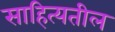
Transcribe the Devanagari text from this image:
साहित्यतील